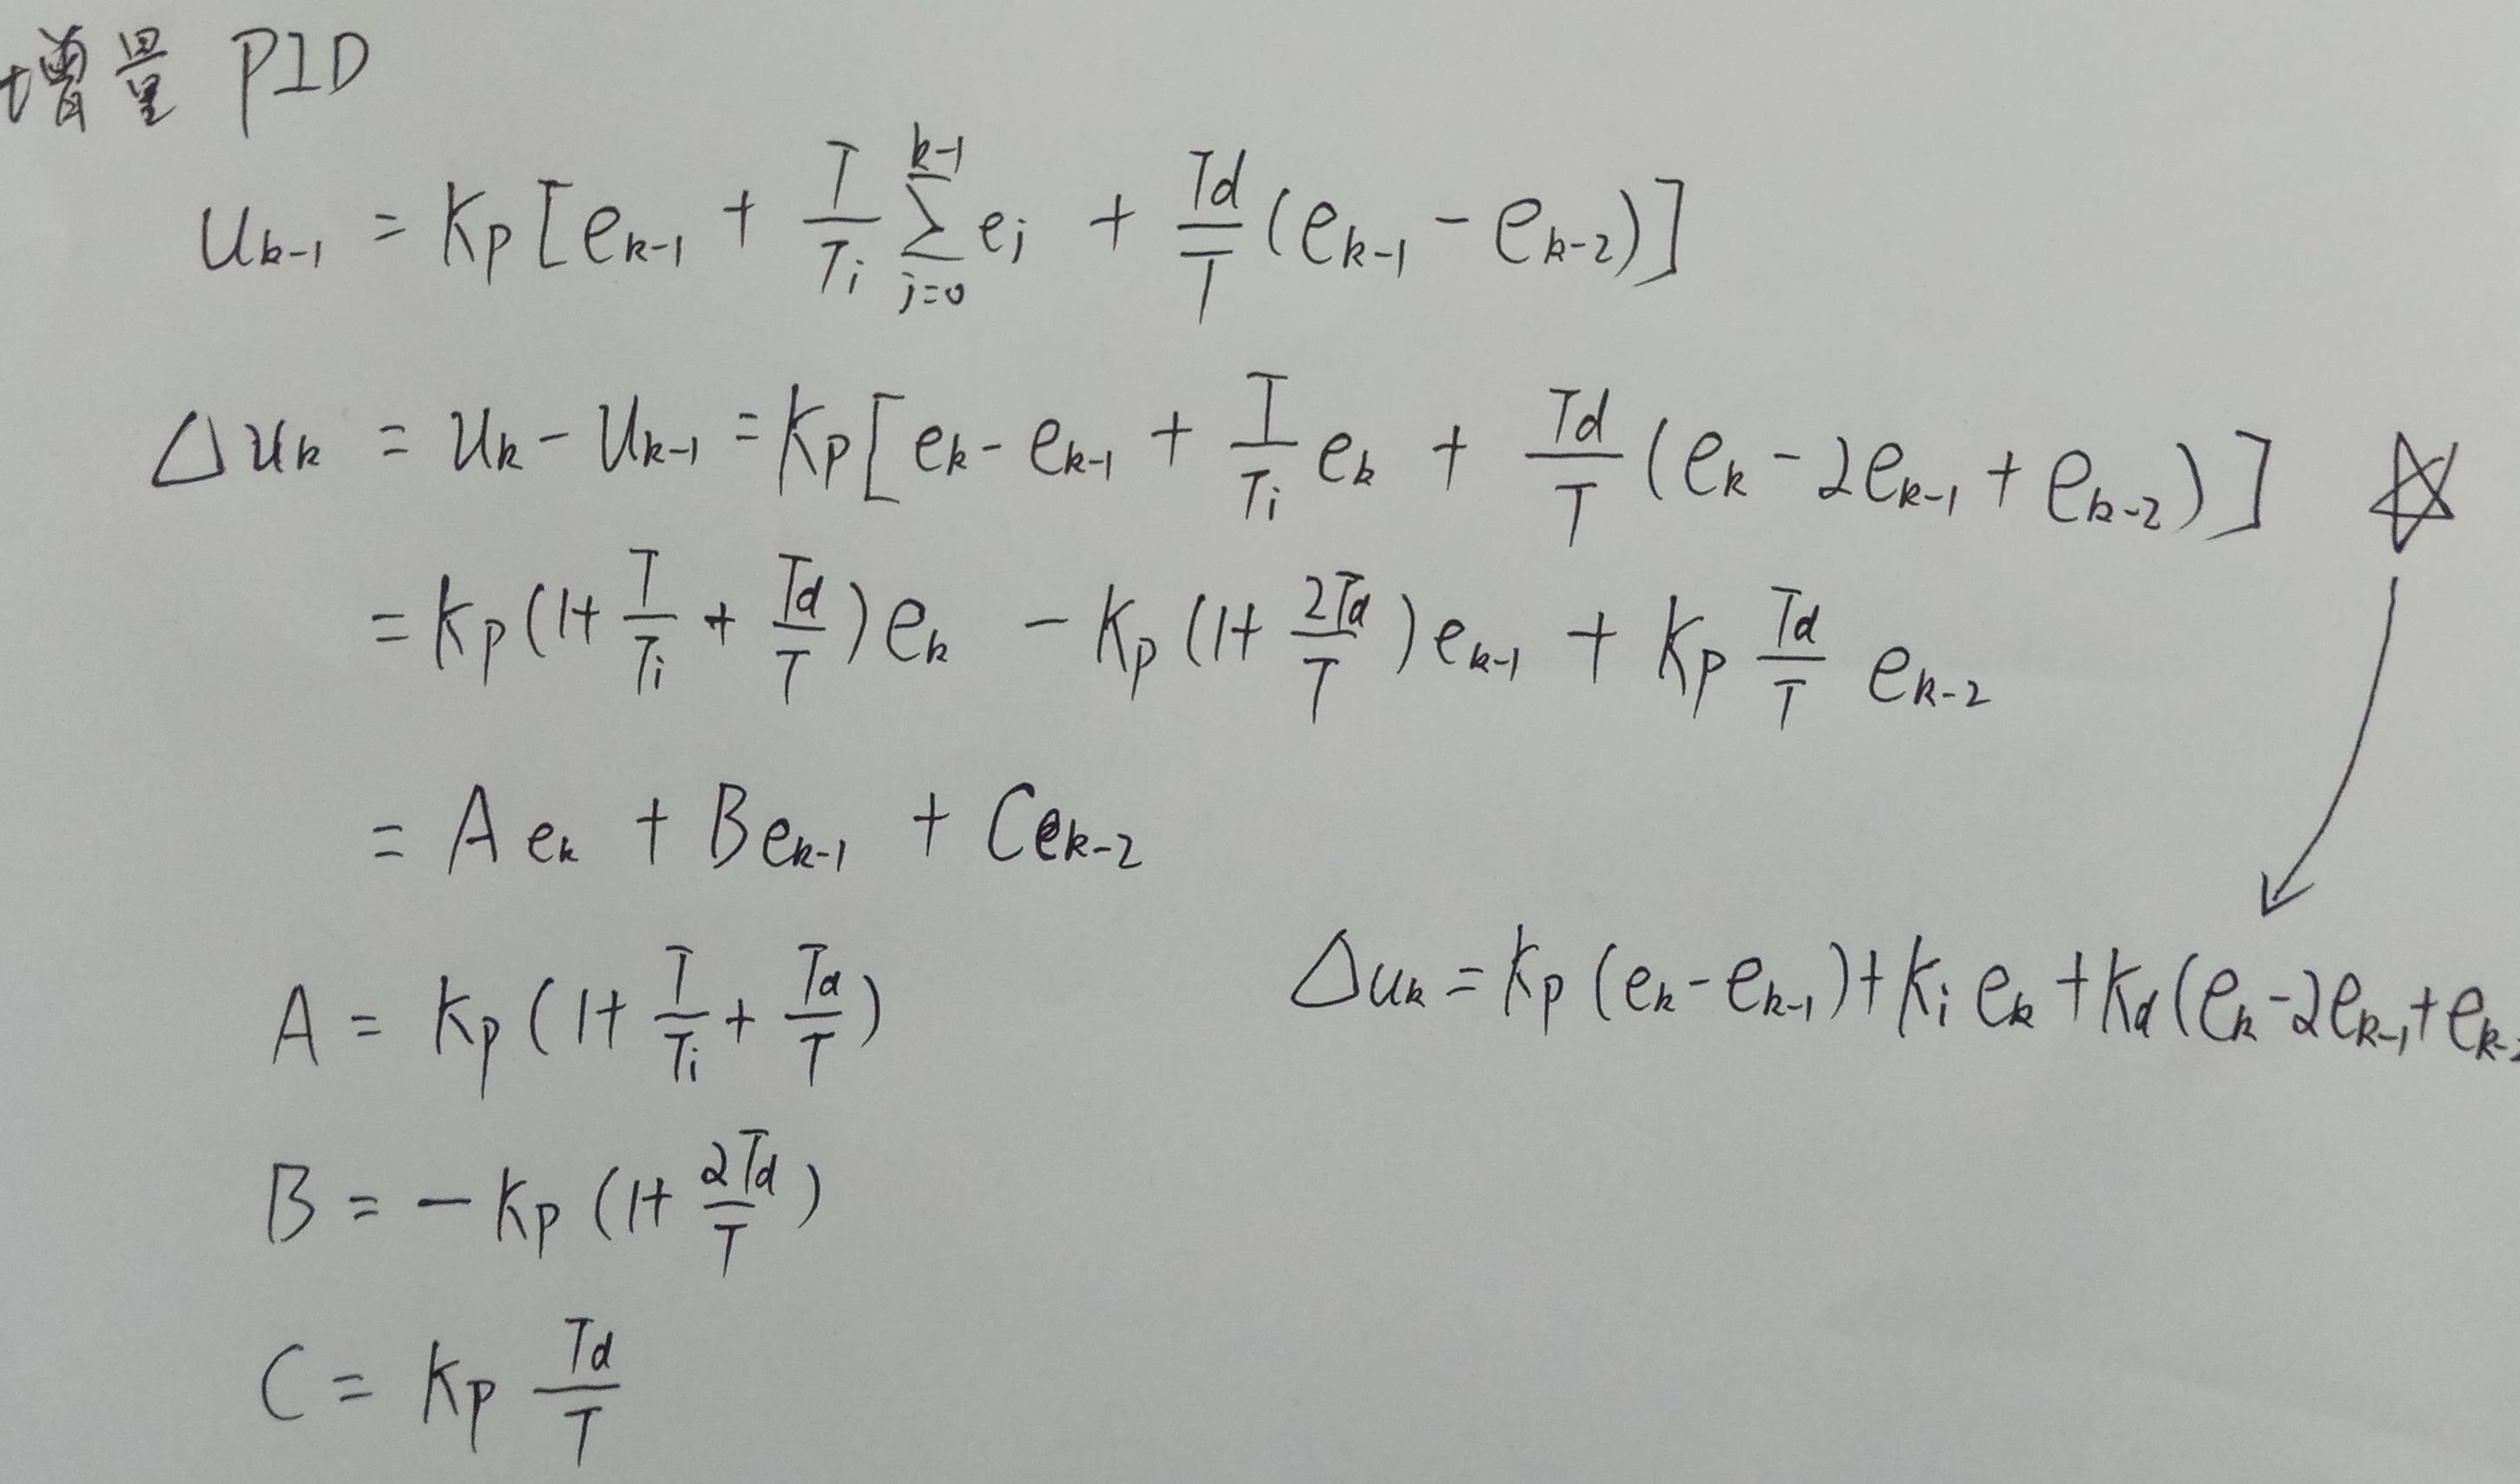
增量 PID
\[
\begin{align*}
u_{k - 1}&=K_p\left[e_{k - 1}+\frac{T}{T_i}\sum_{j = 0}^{k - 1}e_j+\frac{T_d}{T}(e_{k - 1}-e_{k - 2})\right]\\
\Delta u_k&=u_k - u_{k - 1}=K_p\left[e_k - e_{k - 1}+\frac{T}{T_i}e_k+\frac{T_d}{T}(e_k - 2e_{k - 1}+e_{k - 2})\right]\\
&=K_p\left(1+\frac{T}{T_i}+\frac{T_d}{T}\right)e_k - K_p\left(1+\frac{2T_d}{T}\right)e_{k - 1}+K_p\frac{T_d}{T}e_{k - 2}\\
&=Ae_k + Be_{k - 1}+Ce_{k - 2}\\
A&=K_p\left(1+\frac{T}{T_i}+\frac{T_d}{T}\right)\\
B&=-K_p\left(1+\frac{2T_d}{T}\right)\\
C&=K_p\frac{T_d}{T}
\end{align*}
\]
\[
\Delta u_k=K_p(e_k - e_{k - 1})+K_ie_k+K_d(e_k - 2e_{k - 1}+e_{k - 2})
\]